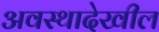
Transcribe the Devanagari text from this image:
अवस्थादेखील